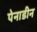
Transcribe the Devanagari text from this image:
पेनाडीन